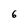
Character: 6